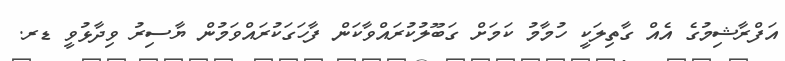
އަފްރާޝިމުގެ އެއް ގާތިލަކީ ހުމާމު ކަމަށް ގަބޫލުކުރައްވާކަން ފާހަގަކުރައްވަމުން ޔާސިރު ވިދާޅުވީ ޑރ.